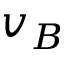
v _ { B }